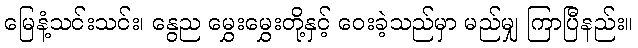
မြေနံ့သင်းသင်း၊ နွေည မွှေးမွှေးတို့နှင့် ဝေးခဲ့သည်မှာ မည်မျှ ကြာပြီနည်း။